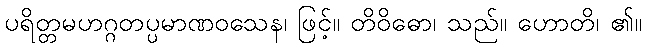
ပရိတ္တမဟဂ္ဂတပ္ပမာဏဝသေန၊ ဖြင့်။ တိဝိဓော၊ သည်။ ဟောတိ၊ ၏။